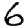
Digit: 6